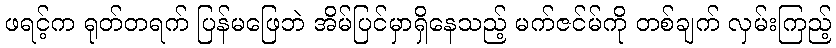
ဖရင့်က ရုတ်တရက် ပြန်မဖြေဘဲ အိမ်ပြင်မှာရှိနေသည့် မက်ဇင်မ်ကို တစ်ချက် လှမ်းကြည့်